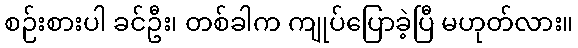
စဉ်းစားပါ ခင်ဦး၊ တစ်ခါက ကျုပ်ပြောခဲ့ပြီ မဟုတ်လား။